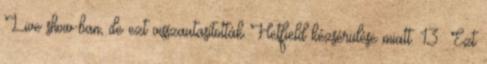
Live show-ban, de ezt visszautasították Hetfield kézsérülése miatt. 13 Ezt